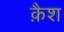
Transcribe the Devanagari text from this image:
क़ैश